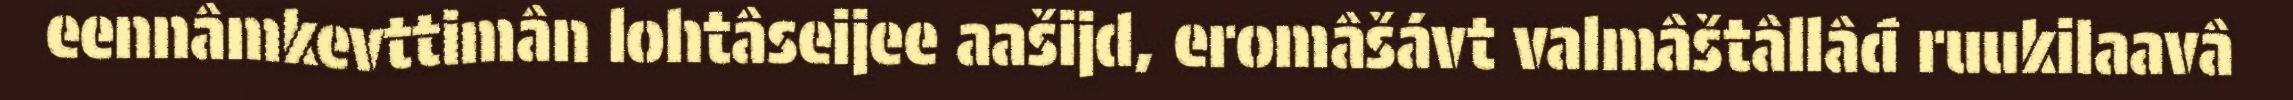
eennâmkevttimân lohtâseijee aašijd, eromâšávt valmâštâllâđ ruukilaavâ